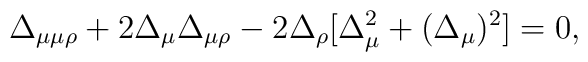
\Delta_{\mu\mu\rho}+2\Delta_\mu\Delta_{\mu\rho}-2\Delta_\rho[\Delta_\mu^2+(\Delta_\mu)^2]=0,